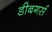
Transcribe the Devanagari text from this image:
डीबगर्स